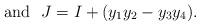
LaTeX: \begin{align*}\mbox{and} \ \ J = I + (y_1y_2 - y_3y_4).\end{align*}